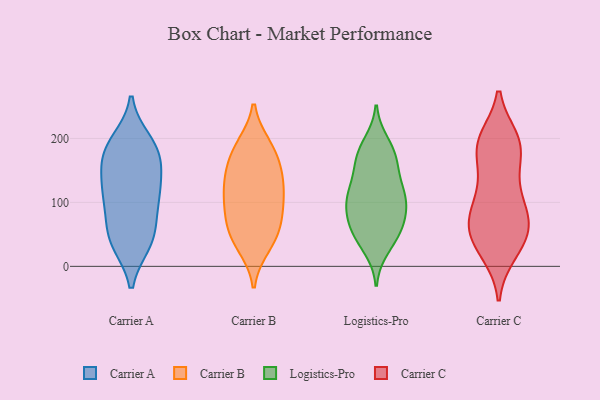
{"axis": {"x": "Satisfaction Score", "y": "Value"}, "legend": ["Carrier A", "Carrier B", "Carrier C", "Logistics-Pro"], "data": [{"x": "", "y": 121, "type": "Carrier A"}, {"x": "", "y": 104, "type": "Carrier A"}, {"x": "", "y": 38, "type": "Carrier A"}, {"x": "", "y": 114, "type": "Carrier A"}, {"x": "", "y": 53, "type": "Carrier A"}, {"x": "", "y": 137, "type": "Carrier A"}, {"x": "", "y": 162, "type": "Carrier A"}, {"x": "", "y": 182, "type": "Carrier A"}, {"x": "", "y": 175, "type": "Carrier A"}, {"x": "", "y": 183, "type": "Carrier A"}, {"x": "", "y": 95, "type": "Carrier A"}, {"x": "", "y": 194, "type": "Carrier A"}, {"x": "", "y": 39, "type": "Carrier A"}, {"x": "", "y": 45, "type": "Carrier A"}, {"x": "", "y": 102, "type": "Carrier B"}, {"x": "", "y": 144, "type": "Carrier B"}, {"x": "", "y": 106, "type": "Carrier B"}, {"x": "", "y": 178, "type": "Carrier B"}, {"x": "", "y": 188, "type": "Carrier B"}, {"x": "", "y": 78, "type": "Carrier B"}, {"x": "", "y": 38, "type": "Carrier B"}, {"x": "", "y": 139, "type": "Carrier B"}, {"x": "", "y": 189, "type": "Carrier B"}, {"x": "", "y": 68, "type": "Carrier B"}, {"x": "", "y": 70, "type": "Carrier B"}, {"x": "", "y": 158, "type": "Carrier B"}, {"x": "", "y": 129, "type": "Carrier B"}, {"x": "", "y": 45, "type": "Carrier B"}, {"x": "", "y": 31, "type": "Carrier B"}, {"x": "", "y": 113, "type": "Carrier B"}, {"x": "", "y": 117, "type": "Logistics-Pro"}, {"x": "", "y": 170, "type": "Logistics-Pro"}, {"x": "", "y": 92, "type": "Logistics-Pro"}, {"x": "", "y": 53, "type": "Logistics-Pro"}, {"x": "", "y": 156, "type": "Logistics-Pro"}, {"x": "", "y": 29, "type": "Logistics-Pro"}, {"x": "", "y": 180, "type": "Logistics-Pro"}, {"x": "", "y": 134, "type": "Logistics-Pro"}, {"x": "", "y": 110, "type": "Logistics-Pro"}, {"x": "", "y": 43, "type": "Logistics-Pro"}, {"x": "", "y": 192, "type": "Logistics-Pro"}, {"x": "", "y": 170, "type": "Logistics-Pro"}, {"x": "", "y": 67, "type": "Logistics-Pro"}, {"x": "", "y": 69, "type": "Logistics-Pro"}, {"x": "", "y": 57, "type": "Logistics-Pro"}, {"x": "", "y": 109, "type": "Logistics-Pro"}, {"x": "", "y": 98, "type": "Logistics-Pro"}, {"x": "", "y": 103, "type": "Logistics-Pro"}, {"x": "", "y": 72, "type": "Carrier C"}, {"x": "", "y": 79, "type": "Carrier C"}, {"x": "", "y": 192, "type": "Carrier C"}, {"x": "", "y": 192, "type": "Carrier C"}, {"x": "", "y": 187, "type": "Carrier C"}, {"x": "", "y": 42, "type": "Carrier C"}, {"x": "", "y": 113, "type": "Carrier C"}, {"x": "", "y": 132, "type": "Carrier C"}, {"x": "", "y": 66, "type": "Carrier C"}, {"x": "", "y": 131, "type": "Carrier C"}, {"x": "", "y": 69, "type": "Carrier C"}, {"x": "", "y": 198, "type": "Carrier C"}, {"x": "", "y": 37, "type": "Carrier C"}, {"x": "", "y": 194, "type": "Carrier C"}, {"x": "", "y": 26, "type": "Carrier C"}, {"x": "", "y": 85, "type": "Carrier C"}, {"x": "", "y": 179, "type": "Carrier C"}, {"x": "", "y": 60, "type": "Carrier C"}, {"x": "", "y": 22, "type": "Carrier C"}]}